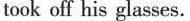
took off his glasses.